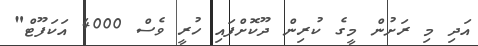
އަދި މި ރަށުން މީގެ ކުރިން ދޫކޮށްފައި ހުރީ ވެސް 4000 އަކަފޫޓް"